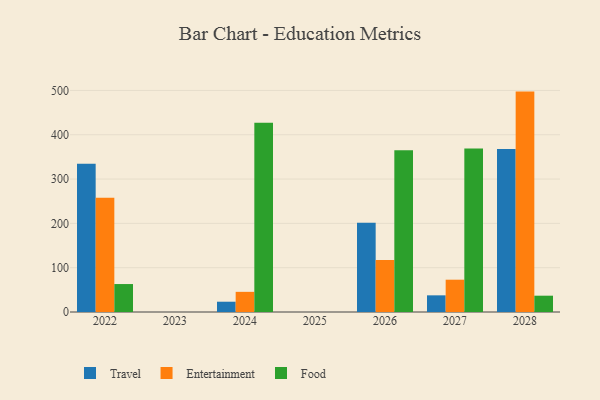
{"axis": {"x": "Year", "y": "Temperature (°C)"}, "legend": ["Entertainment", "Food", "Travel"], "data": [{"x": "2022", "y": 334.3, "type": "Travel"}, {"x": "2022", "y": 257.9, "type": "Entertainment"}, {"x": "2022", "y": 63.1, "type": "Food"}, {"x": "2028", "y": 367.7, "type": "Travel"}, {"x": "2028", "y": 497.4, "type": "Entertainment"}, {"x": "2028", "y": 36.8, "type": "Food"}, {"x": "2026", "y": 201.7, "type": "Travel"}, {"x": "2026", "y": 117.3, "type": "Entertainment"}, {"x": "2026", "y": 365.1, "type": "Food"}, {"x": "2024", "y": 23.2, "type": "Travel"}, {"x": "2024", "y": 45.5, "type": "Entertainment"}, {"x": "2024", "y": 427.1, "type": "Food"}, {"x": "2027", "y": 37.6, "type": "Travel"}, {"x": "2027", "y": 72.9, "type": "Entertainment"}, {"x": "2027", "y": 369.0, "type": "Food"}]}